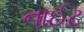
નાઈટ